Indian journal of veterinary science and animal husbandry - Volume 3,
Year: 1933
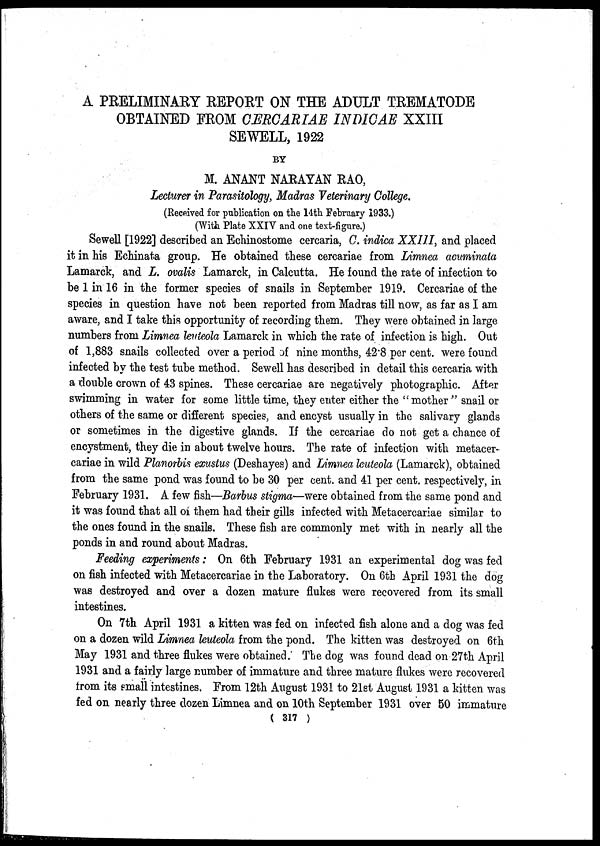
A PRELIMINARY REPORT ON THE ADULT TREMATODE
OBTAINED FROM CERCARIAE INDICAE XXIII
SEWELL, 1922
BY
M. ANANT NARAYAN RAO,
Lecturer in Parasitology, Madras Veterinary College.
(Received for publication on the 14th February 1933.)
(With Plate XXIV and one text-figure.)
Sewell [1922] described an Echinostome cercaria, C. indica XXIII, and placed
it in his Echinata group. He obtained these cercariae from Limnea acuminata
Lamarck, and L. ovalis Lamarck, in Calcutta. He found the rate of infection to
be 1 in 16 in the former species of snails in September 1919. Cercariae of the
species in question have not been reported from Madras till now, as far as I am
aware, and I take this opportunity of recording them. They were obtained in large
numbers from Limnea leuteola Lamarck in which the rate of infection is high. Out
of 1,883 snails collected over a period of nine months, 42.8 per cent. were found
infected by the test tube method. Sewell has described in detail this cercaria with
a double crown of 43 spines. These cercariae are negatively photographic. After
swimming in water for some little time, they enter either the "mother " snail or
others of the same or different species, and encyst usually in the salivary glands
or sometimes in the digestive glands. If the cercariae do not get a chance of
encystment, they die in about twelve hours. The rate of infection with metacer-
cariae in wild Planorbis exustus (Deshayes) and Limnea leuteola (Lamarck), obtained
from the same pond was found to be 30 per cent. and 41 per cent. respectively, in
February 1931. A few fish—Barbus stigma—were obtained from the same pond and
it was found that all of them had their gills infected with Metacercariae similar to
the ones found in the snails. These fish are commonly met with in nearly all the
ponds in and round about Madras.
Feeding experiments: On 6th February 1931 an experimental dog was fed
on fish infected with Metacercariae in the Laboratory. On 6th April 1931 the dog
was destroyed and over a dozen mature flukes were recovered from its small
intestines.
On 7th April 1931 a kitten was fed on infected fish alone and a dog was fed
on a dozen wild Limnea leuteola from the pond. The kitten was destroyed on 6th
May 1931 and three flukes were obtained. The dog was found dead on 27th April
1931 and a fairly large number of immature and three mature flukes were recovered
from its small intestines. From 12th August 1931 to 21st August 1931 a kitten was
fed on nearly three dozen Limnea and on 10th September 1931 over 50 immature
( 317 )